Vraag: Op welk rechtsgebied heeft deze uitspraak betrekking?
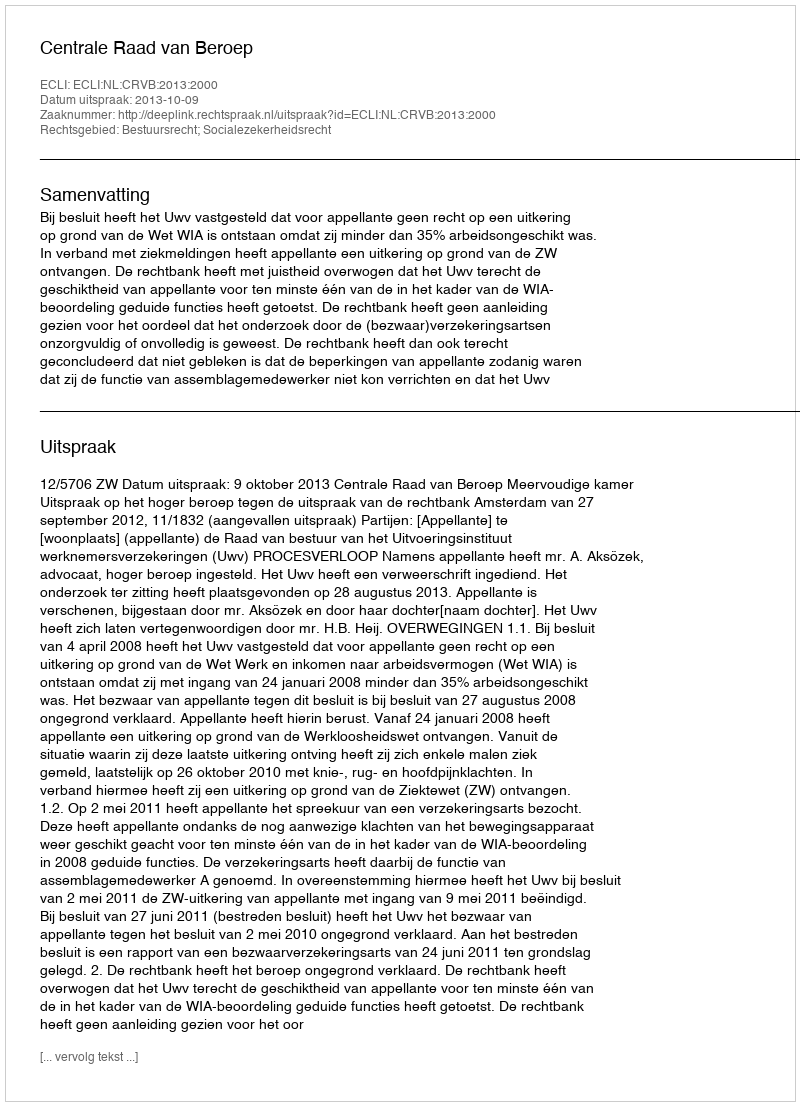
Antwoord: Bestuursrecht; Socialezekerheidsrecht